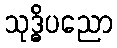
သုဒ္ဓိပညော